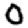
Digit: 0